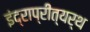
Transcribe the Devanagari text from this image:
इंद्राप्रीत्यर्थ